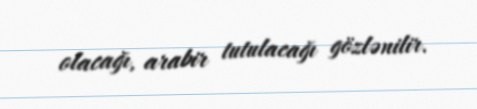
olacağı, arabir tutulacağı gözlənilir.